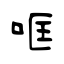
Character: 哐